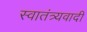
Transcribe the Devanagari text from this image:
स्वातंत्र्यवादी